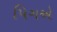
પિગએ